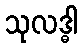
သုလဒ္ဓါ